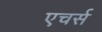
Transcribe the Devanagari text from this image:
एचर्स